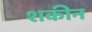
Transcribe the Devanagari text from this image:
शकीन